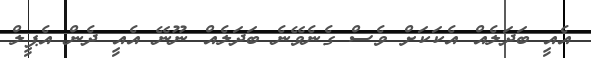
އެއީ ބަދަލެއް އެކަކަށް ވެސް ގެނެވޭނެ ބަދަލެއް ނޫނޭ އެއީ ދެން އެޕީލް